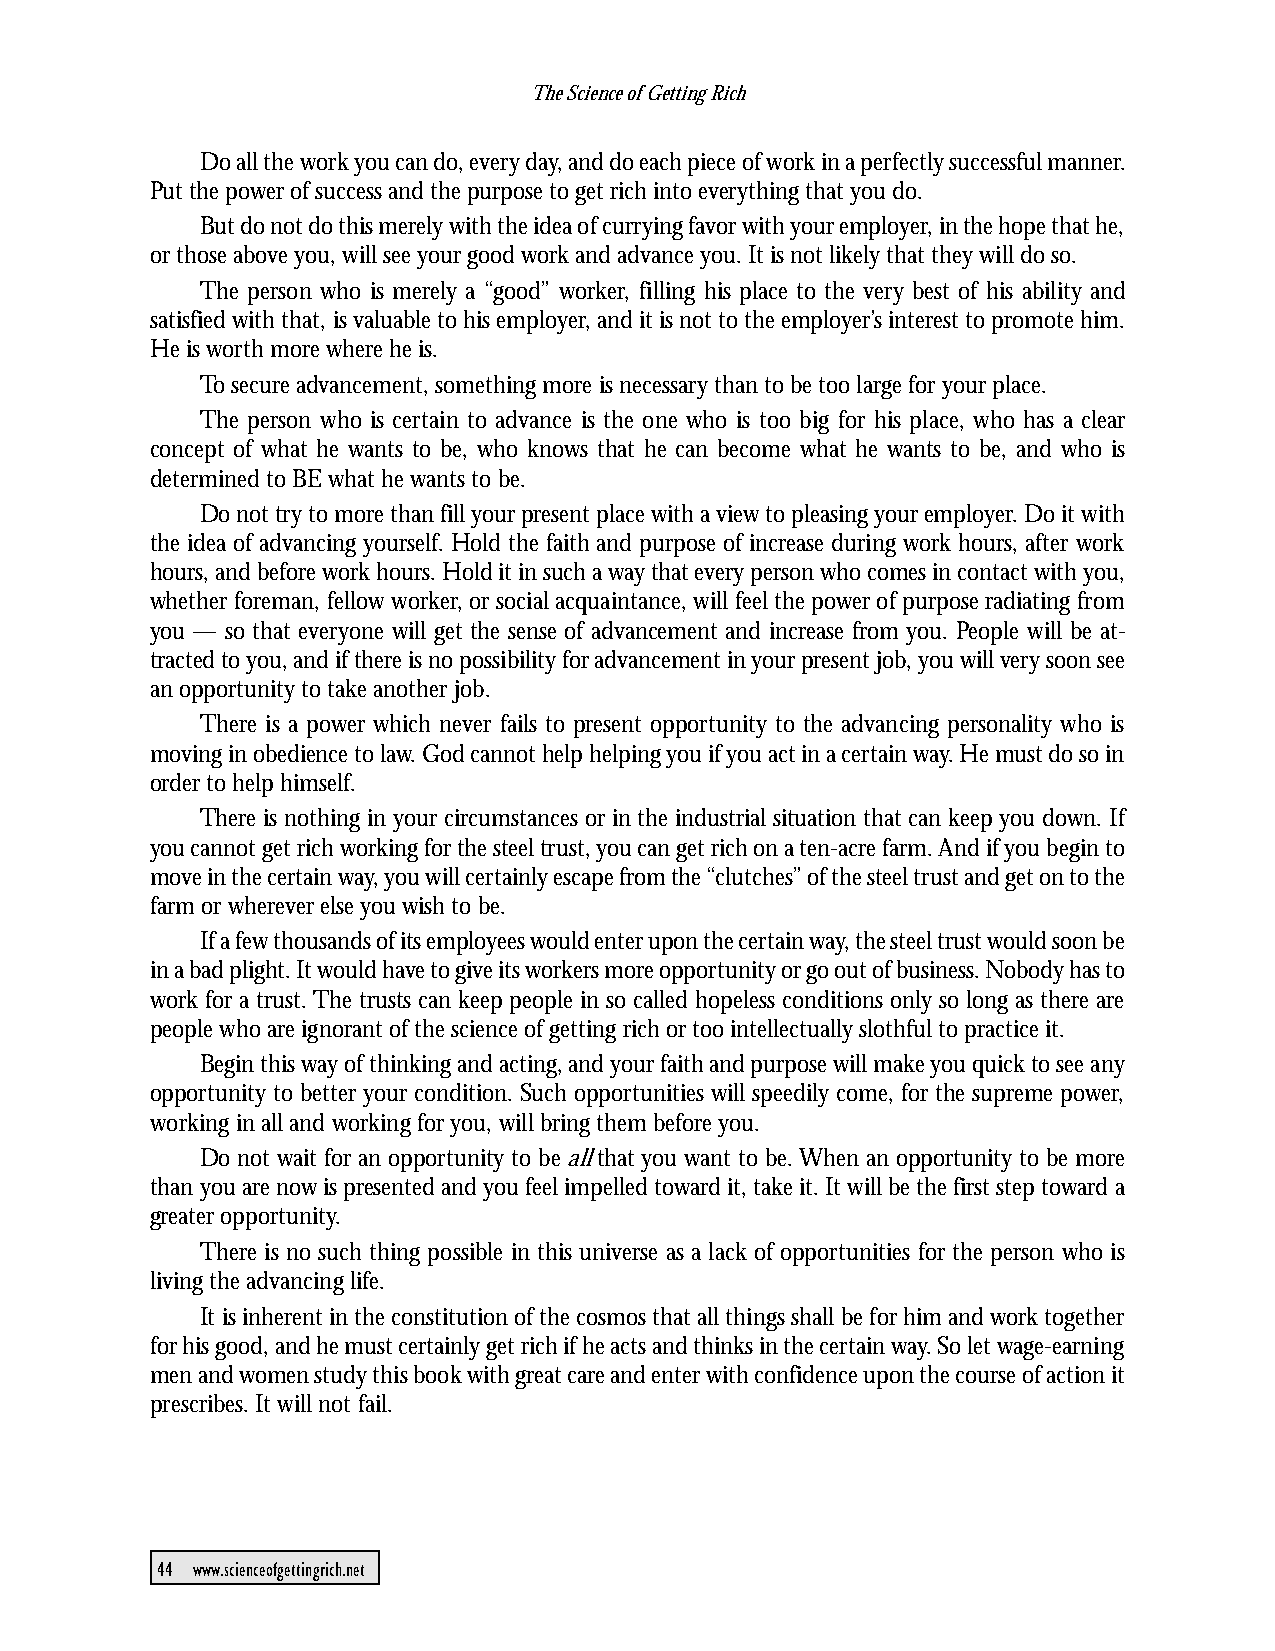
The Science of Getting Rich
 Do all the work you can do, every day, and do each piece of work in a perfectly successful manner.
 Put the power of success and the purpose to get rich into everything that you do.
 But do not do this merely with the idea of currying favor with your employer, in the hope that he,
 or those above you, will see your good work and advance you. It is not likely that they will do so.
 The person who is merely a “good” worker, filling his place to the very best of his ability and
 satisfied with that, is valuable to his employer, and it is not to the employer’s interest to promote him.
 He is worth more where he is.
 To secure advancement, something more is necessary than to be too large for your place.
 The person who is certain to advance is the one who is too big for his place, who has a clear
 concept of what he wants to be, who knows that he can become what he wants to be, and who is
 determined to BE what he wants to be.
 Do not try to more than fill your present place with a view to pleasing your employer. Do it with
 the idea of advancing yourself. Hold the faith and purpose of increase during work hours, after work
 hours, and before work hours. Hold it in such a way that every person who comes in contact with you,
 whether foreman, fellow worker, or social acquaintance, will feel the power of purpose radiating from
 you — so that everyone will get the sense of advancement and increase from you. People will be at-
 tracted to you, and if there is no possibility for advancement in your present job, you will very soon see
 an opportunity to take another job.
 There is a power which never fails to present opportunity to the advancing personality who is
 moving in obedience to law. God cannot help helping you if you act in a certain way. He must do so in
 order to help himself.
 There is nothing in your circumstances or in the industrial situation that can keep you down. If
 you cannot get rich working for the steel trust, you can get rich on a ten-acre farm. And if you begin to
 move in the certain way, you will certainly escape from the “clutches” of the steel trust and get on to the
 farm or wherever else you wish to be.
 If a few thousands of its employees would enter upon the certain way, the steel trust would soon be
 in a bad plight. It would have to give its workers more opportunity or go out of business. Nobody has to
 work for a trust. The trusts can keep people in so called hopeless conditions only so long as there are
 people who are ignorant of the science of getting rich or too intellectually slothful to practice it.
 Begin this way of thinking and acting, and your faith and purpose will make you quick to see any
 opportunity to better your condition. Such opportunities will speedily come, for the supreme power,
 working in all and working for you, will bring them before you.
 Do not wait for an opportunity to be all that you want to be. When an opportunity to be more
 than you are now is presented and you feel impelled toward it, take it. It will be the first step toward a
 greater opportunity.
 There is no such thing possible in this universe as a lack of opportunities for the person who is
 living the advancing life.
 It is inherent in the constitution of the cosmos that all things shall be for him and work together
 for his good, and he must certainly get rich if he acts and thinks in the certain way. So let wage-earning
 men and women study this book with great care and enter with confidence upon the course of action it
 prescribes. It will not fail.
 44 www.scienceofgettingrich.net